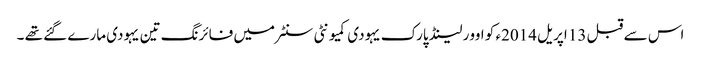
اس سے قبل 13 اپریل 2014ء کو اوور لینڈ پارک یہودی کمیونٹی سنٹر میں فائرنگ تین یہودی مارے گئے تھے ۔